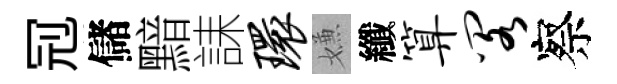
𠜍儲黯誄环嫌纖算阁察